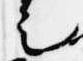
足